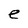
Character: e